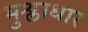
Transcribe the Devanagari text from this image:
मुश्लाधार